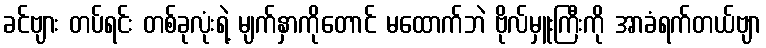
ခင်ဗျား တပ်ရင်း တစ်ခုလုံးရဲ့ မျက်နှာကိုတောင် မထောက်ဘဲ ဗိုလ်မှူးကြီးကို အာခံရက်တယ်ဗျာ